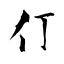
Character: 仃